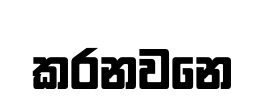
කරනවනෙ